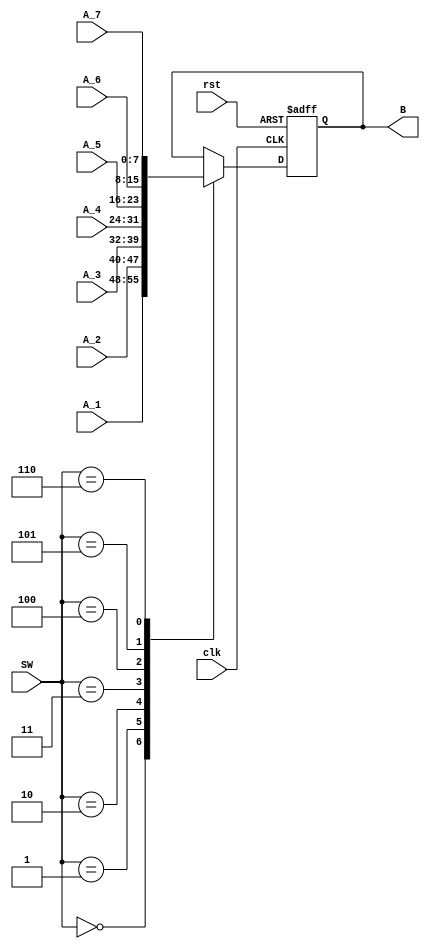
`timescale 1ns/1ns
module mux_7_1(input clk,rst ,input[2:0] SW,input[7:0] A_1,A_2,A_3,A_4,A_5,A_6,A_7,output reg[7:0] B);
  always@(posedge clk,posedge rst) begin:part1
    if(rst)
      B<=8'b00000000;
    else begin
    case(SW)
      3'b000 : B<=A_1;            //Rhomboid
      3'b001 : B<=A_2;            //Sine
      3'b010 : B<=A_3;            //Square
      3'b011 : B<=A_4;            //Triangle
      3'b100 : B<=A_5;            //Saw-tooth
      3'b101 : B<=A_6;            //Full-wave rectified
      3'b110 : B<=A_7;            //Modulated sine wave
    endcase
    end
  end
endmodule